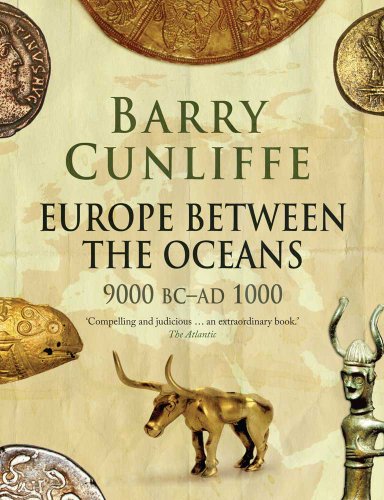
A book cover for Europe Between the Oceans: 9000 BC-AD 1000; Barry Cunliffe; Science & Math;